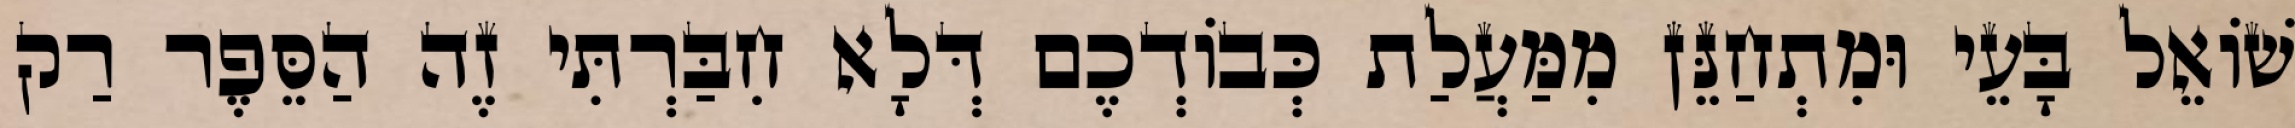
שׁוֹאֵל בָּעֵי וּמִתְחַנֵּן מִמַּעֲלַת כְּבוֹדְכֶם דְּלָא חִבַּרְתִּי זֶה הַסֵּפֶר רַק